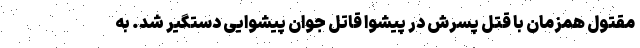
مقتول همزمان با قتل پسرش در پیشوا قاتل جوان پیشوایی دستگیر شد. به